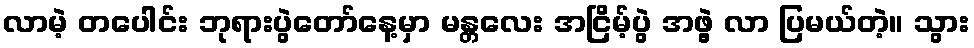
လာမဲ့ တပေါင်း ဘုရားပွဲတော်နေ့မှာ မန္တလေး အငြိမ့်ပွဲ အဖွဲ့ လာ ပြမယ်တဲ့။ သွား